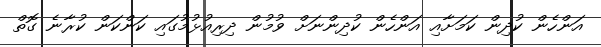
އަންހެން ކުދިން ކަމަށާއި އަންހެން ކުދިންނަށް ވުމުން ދިރިއުޅުމުގައި ކަންކަން ކުރާނެ ގޮތް